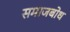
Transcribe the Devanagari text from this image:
समाजबोध